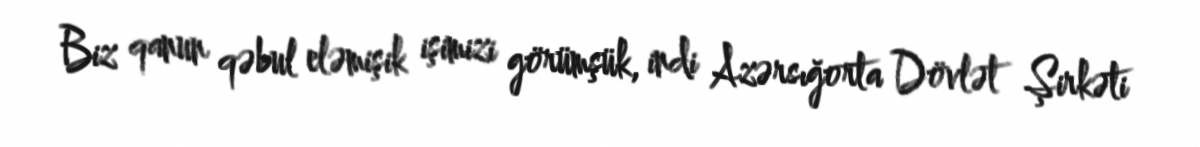
Biz qanun qəbul eləmişik işimizi görümşük, indi Azərsığorta Dövlət Şirkəti